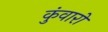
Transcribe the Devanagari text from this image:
कुंवारों